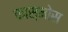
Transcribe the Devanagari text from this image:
कास्मोस